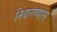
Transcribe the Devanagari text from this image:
निवारण्यास